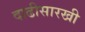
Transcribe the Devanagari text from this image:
दाढीसारखी